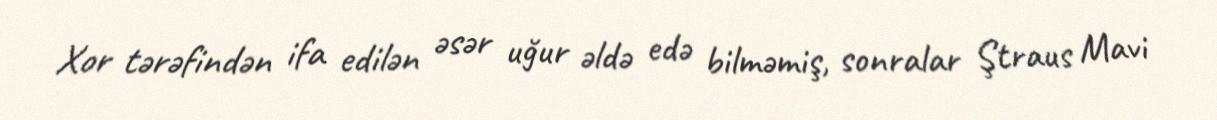
Xor tərəfindən ifa edilən əsər uğur əldə edə bilməmiş, sonralar Ştraus Mavi